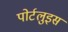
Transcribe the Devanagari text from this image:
पोर्टलुइस